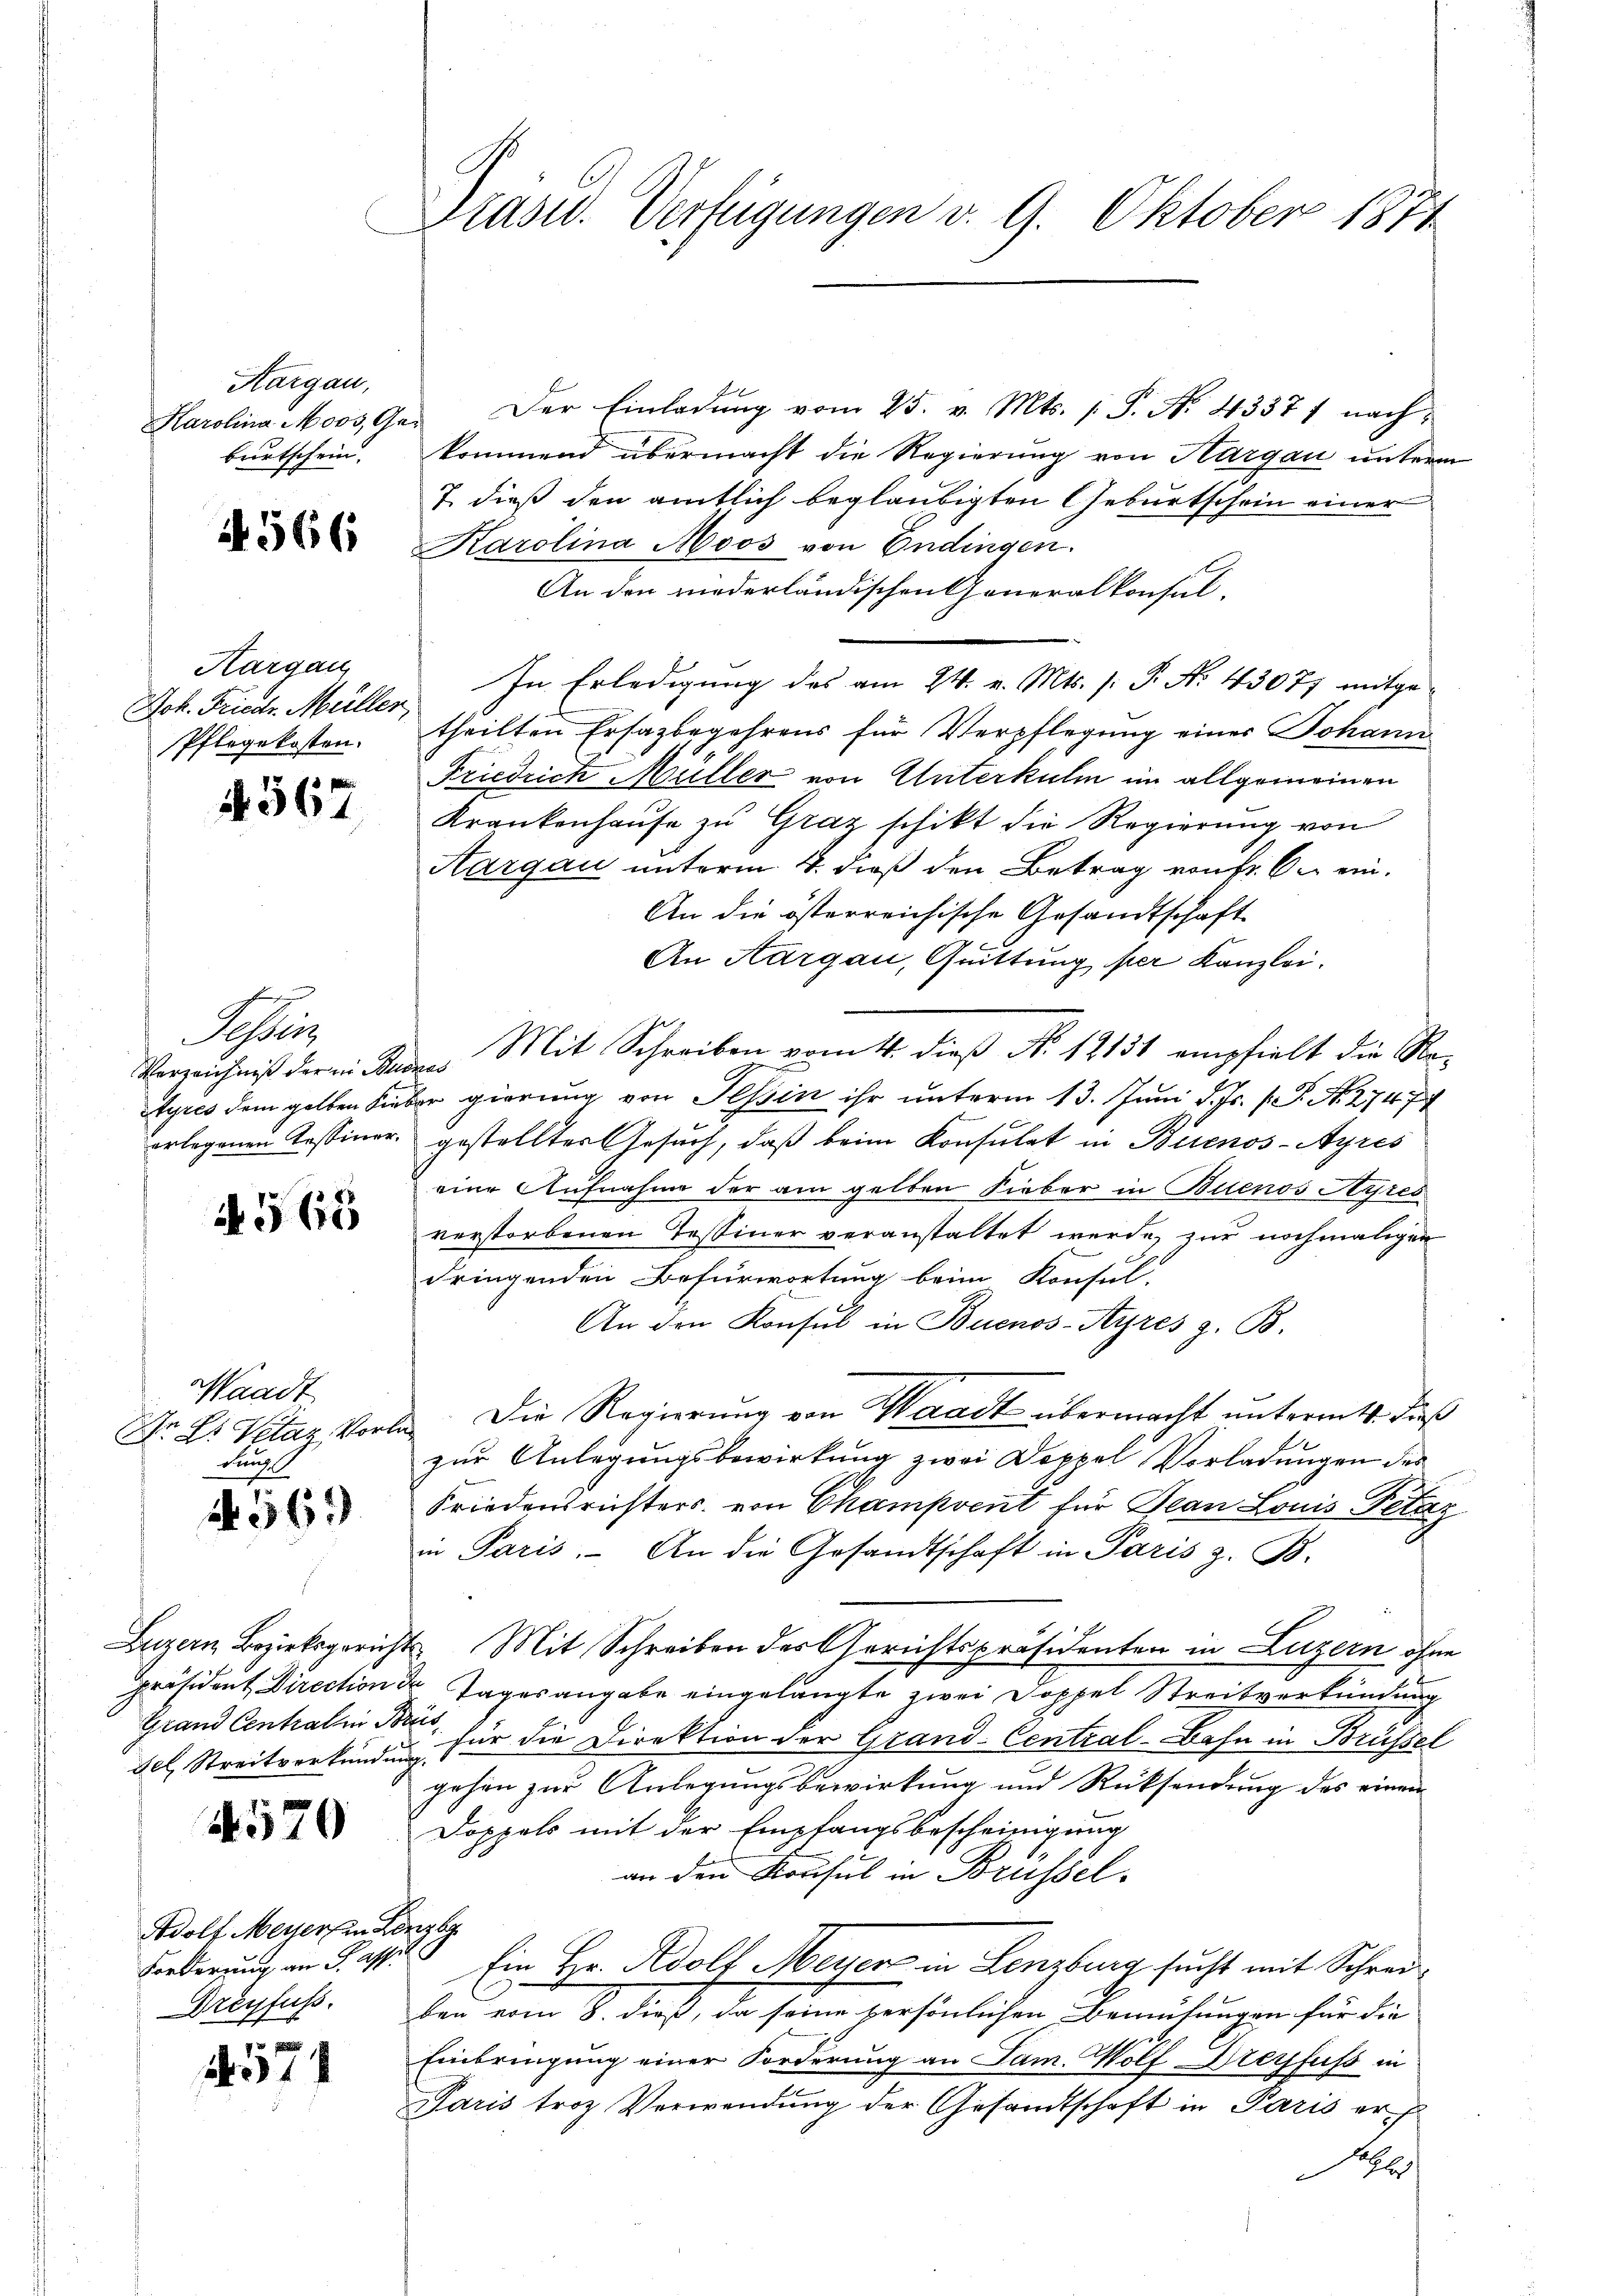
Aargau,
Karolina Moos, Ga
burtschein.

566

Hargau
Jok. Friedr. Müller,
Pflegekosten.

4567

Ster
Verzeichniß der in Stu

N 565

Waadt
Dr Dr. Vetaz, Vor
dung

56

Luzern Bezirksgericht
Fel Streitverkündung.

4570

Adolf Meyer an de
Forderung an Fr. ass
Dreyfuss.

157

Präsid. Verfügungen v. 9. Oktober 1871

Der Einladung vom 25. v. Mts. (T. No. 4337/ nachkommend übermacht die Regierung von Hargau unterm
7. dieß den amtlich beglaubigten Geburtschein einer
Karolina Moos von Endingen.
An den niederländischen Generalkonsul-
In Erledigung des am 24. v. Mts. s: P. Nr. 43071 mitgetheilten Ersazbegehrens für Verpflegung eines Johann
Friedrich Müller von Unterkulm im allgemeinen
Krankenhause zu Graz schikt die Regierung von
Aargau unterm 4. dieß den Betrag von fr. An ein¬
An die österreichische Gesandtschaft
An Aargau, Quittung per Kanzlei.
der Mit Schreiben vom 4. dieß No. 12131 empfielt die Re-
Ayres dem gelben Lieber gierung von Tessin ihr unterm 13. Juni d. Js. p. P. N. 27474
orlegenen Tessiner gestellter Gesuch, daß beim Konsulat in Buenos-Ayres
eine Aufnahme der am gelben Fieber in Buenos Ayres
verstorbenen Testiner veranstaltet werde, zur nochmaligen
dringenden Befürwortung beim Konsul-
An den Konsul in Buenos-Ayres z. B.
 Die Regierung von Waadt übermacht untermitt. dieß
zur Anlegungsbewirkung zwei Doppel Vorladungen des
Friedensrichters von Champvent für Jean Louis Petaz
in Paris. An die Gesandtschaft in Paris z. B.
7. Mit Schreiben des Gerichtspräsidenten in Luzern ohne
präsident Direction der Tagesangabe eingelangte zwei Doppel Streitverkündung
Grand Centralien der für die Direktion der Grand-Central-Bahn in Brüssel
gehen zur Anlegungsbewirkung und Rücksendung des einem
Doppels mit der Empfangsbescheinigung
an den Konsul in Brüssel.
h
5 Ein Hr. Adolf Meyer in Lenzburg sucht mit Schreiben vom 8. dieß, da seine persönlichen Bemühungen für die
Einbringung einer Forderung an Jam. Wolf Dreyfuss in
Paris troz Verwendung der Gesandtschaft in Paris er
Jalzler